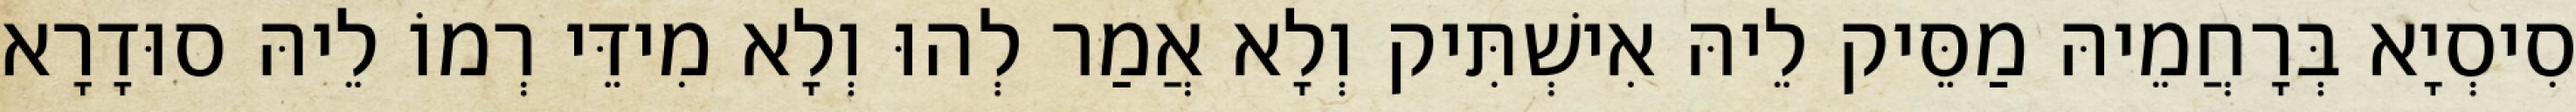
סִיסְיָא בְּרָחֲמֵיהּ מַסֵּיק לֵיהּ אִישְׁתִּיק וְלָא אֲמַר לְהוּ וְלָא מִידֵּי רְמוֹ לֵיהּ סוּדָרָא